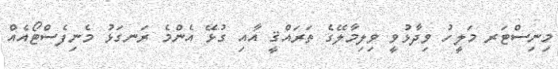
މިނިސްޓަރ މަލީހު ވިދާޅުވީ ވިލިމާލޭގެ ތަރައްޤީ އާއި ގުޅޭ އެންމެ ރަނގަޅު މެނިފެސްޓޯއެއް